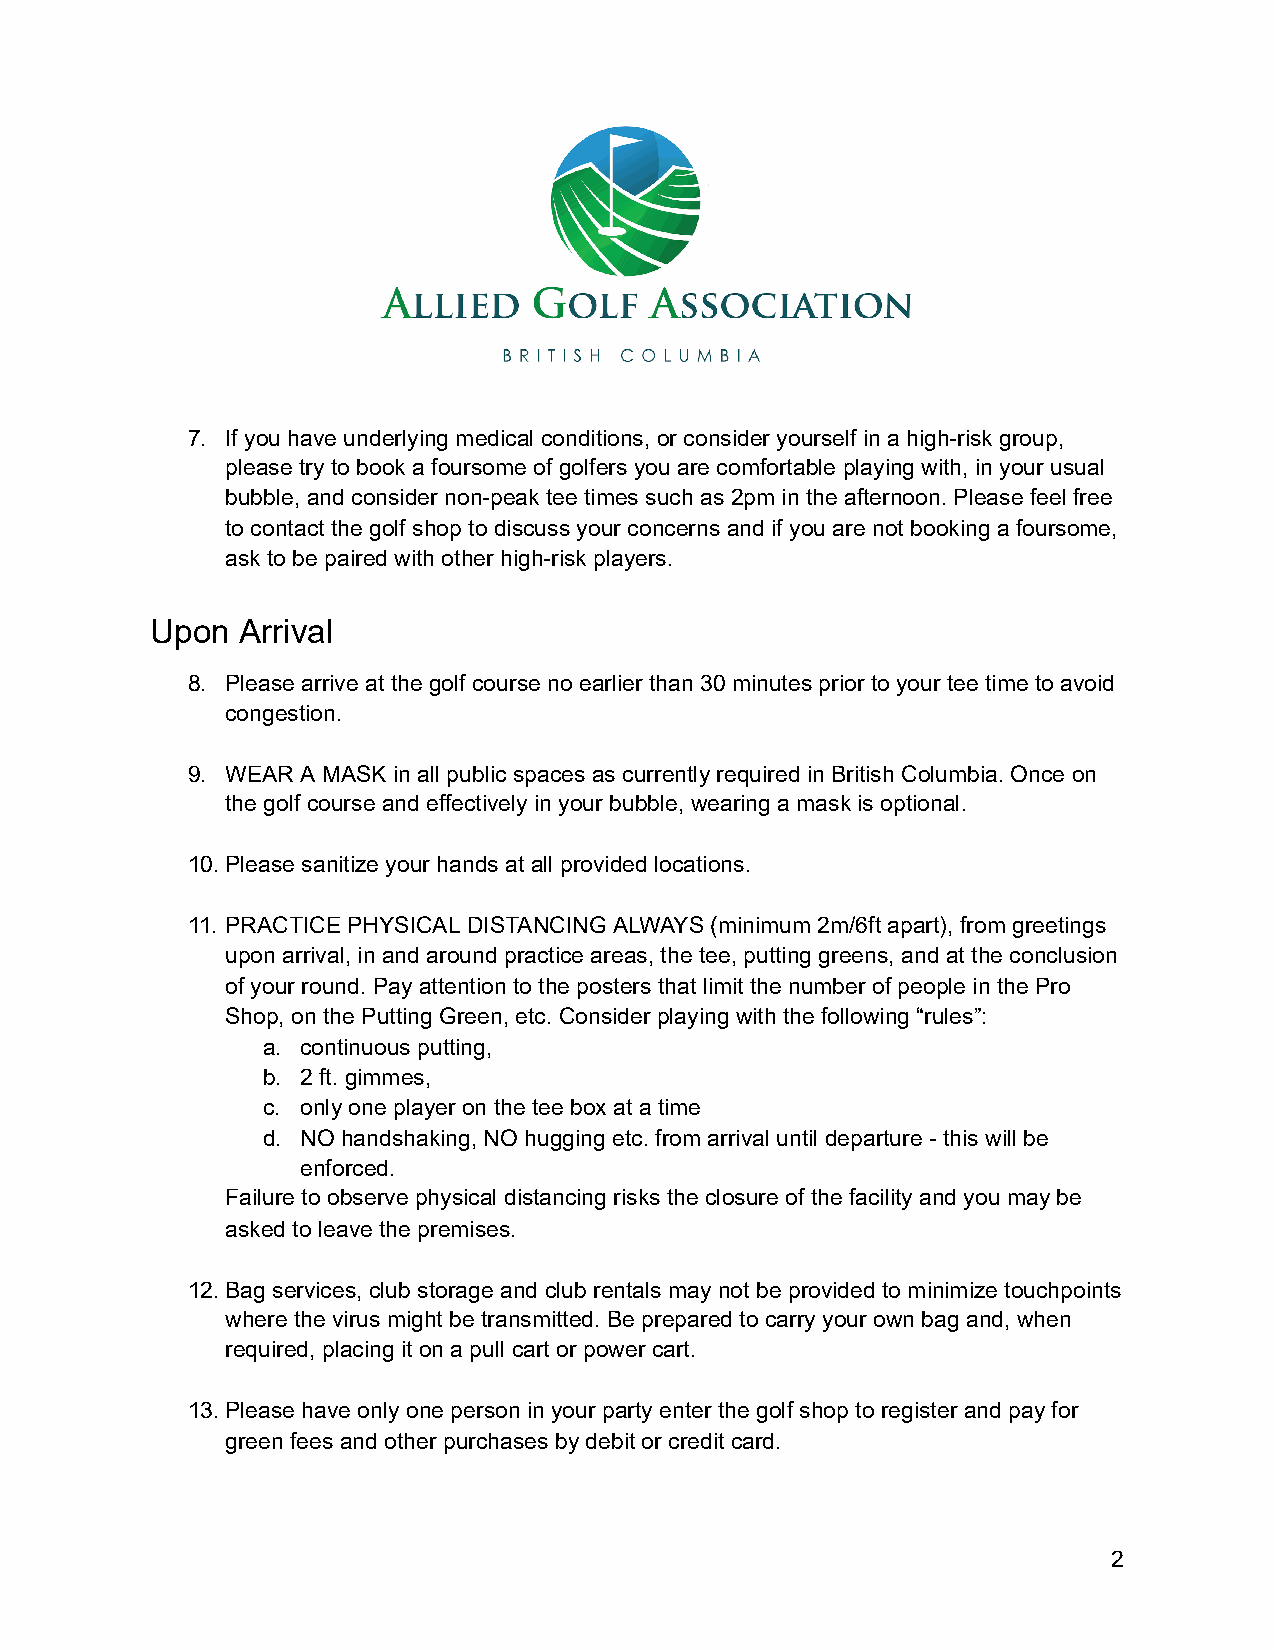
7. If you have underlying medical conditions, or consider yourself in a high-risk group,
 please try to book a foursome of golfers you are comfortable playing with, in your usual
 bubble, and consider non-peak tee times such as 2pm in the afternoon. Please feel free
 to contact the golf shop to discuss your concerns and if you are not booking a foursome,
 ask to be paired with other high-risk players.
 Upon  Arrival
 8. Please arrive at the golf course no earlier than 30 minutes prior to your tee time to avoid
 congestion.
 9. WEAR A MASK in all public spaces as currently required in British Columbia. Once on
 the golf course and effectively in your bubble, wearing a mask is optional.
 10.Please sanitize your hands at all provided locations.
 11. PRACTICE PHYSICAL DISTANCING ALWAYS (minimum 2m/6ft apart), from greetings
 upon arrival, in and around practice areas, the tee, putting greens, and at the conclusion
 of your round. Pay attention to the posters that limit the number of people in the Pro
 Shop, on the Putting Green, etc. Consider playing with the following “rules”:
 a. continuous putting,
 b. 2 ft. gimmes,
 c. only one player on the tee box at a time
 d. NO handshaking, NO hugging etc. from arrival until departure - this will be
 enforced.
 Failure to observe physical distancing risks the closure of the facility and you may be
 asked to leave the premises.
 12.Bag services, club storage and club rentals may not be provided to minimize touchpoints
 where the virus might be transmitted. Be prepared to carry your own bag and, when
 required, placing it on a pull cart or power cart.
 13.Please have only one person in your party enter the golf shop to register and pay for
 green fees and other purchases by debit or credit card.
 2